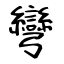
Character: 彎